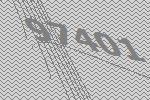
97401